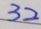
3 2